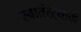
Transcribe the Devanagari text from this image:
स्वातंत्ऱ्याची